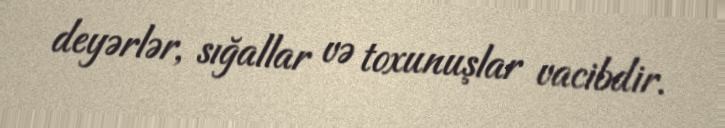
deyərlər, sığallar və toxunuşlar vacibdir.